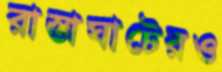
রাস্তাঘাটেরও